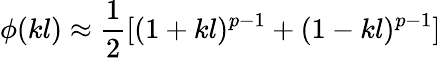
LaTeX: \phi(kl)\approx\frac{1}{2}[(1+kl)^{p-1}+(1-kl)^{p-1}]